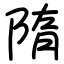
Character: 隋